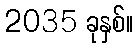
2035 ခုနှစ်။